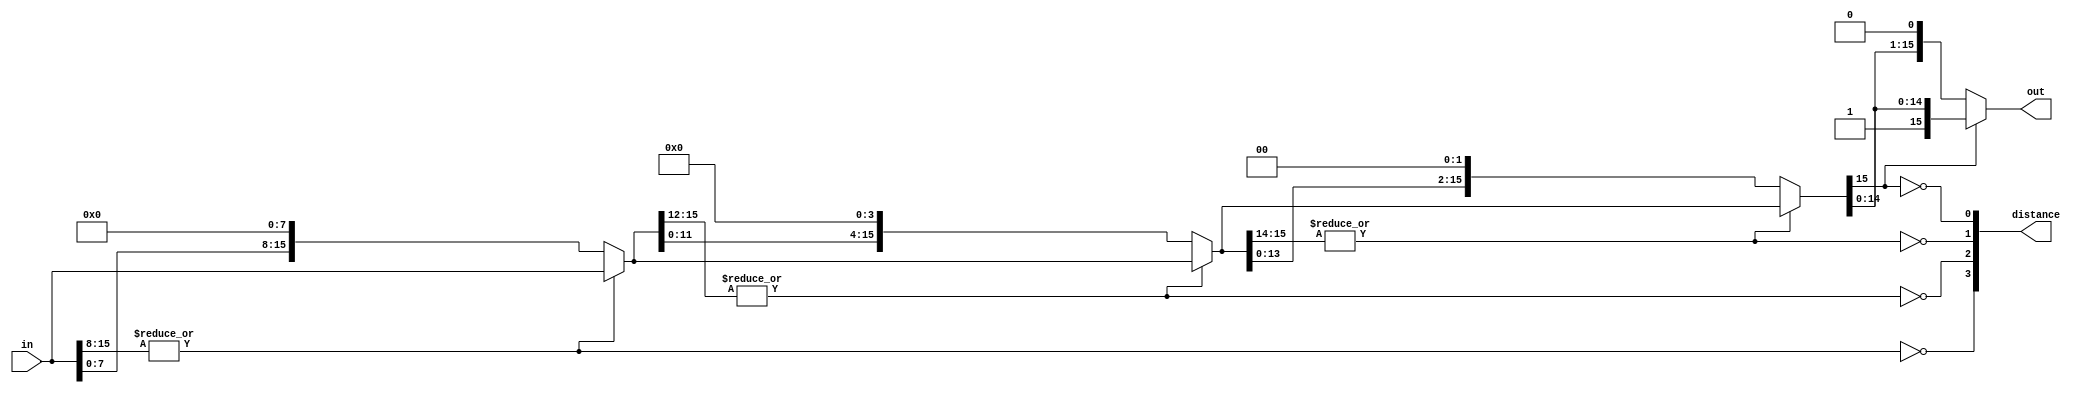
module scale_up (in,out,distance);

parameter WIDTH = 16;
parameter WIDTH_DIST = 4;

input [WIDTH-1:0] in;
output [WIDTH-1:0] out;
output [WIDTH_DIST-1:0] distance;

wire [(WIDTH_DIST+1) * WIDTH-1:0] shift_layers;
assign shift_layers [WIDTH-1:0] = in;

genvar i;
generate
	for (i=0;i<WIDTH_DIST;i=i+1)
	begin : shft
		wire [WIDTH-1:0] layer_in;
		wire [WIDTH-1:0] shifted_out;
		wire [WIDTH-1:0] layer_out;
		
		assign layer_in = shift_layers[(i+1)*WIDTH-1:i*WIDTH];

		// are there ones in the upper part?
		wire shift_desired = ~|(layer_in[WIDTH-1:WIDTH-(1 << (WIDTH_DIST-1-i))]);
		assign distance[(WIDTH_DIST-1-i)] = shift_desired;

		// barrel shifter
		assign shifted_out = layer_in << (1 << (WIDTH_DIST-1-i));
		assign layer_out = shift_desired ? shifted_out : layer_in;
		
		assign shift_layers[(i+2)*WIDTH-1:(i+1)*WIDTH] = layer_out;
								
	end
endgenerate

assign out = shift_layers[(WIDTH_DIST+1)*WIDTH-1 : WIDTH_DIST*WIDTH];

endmodule